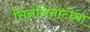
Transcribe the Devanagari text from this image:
सिनसिनाटीचा